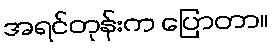
အရင်တုန်းက ပြောတာ။